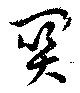
関